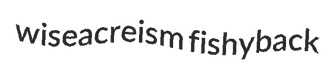
wiseacreism fishyback